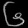
Digit: ၆